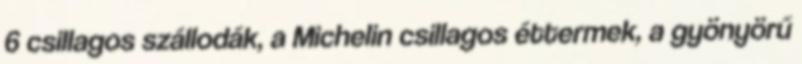
6 csillagos szállodák, a Michelin csillagos éttermek, a gyönyörű